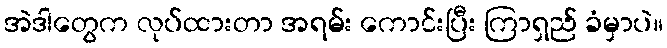
အဲဒါတွေက လုပ်ထားတာ အရမ်း ကောင်းပြီး ကြာရှည် ခံမှာပဲ။